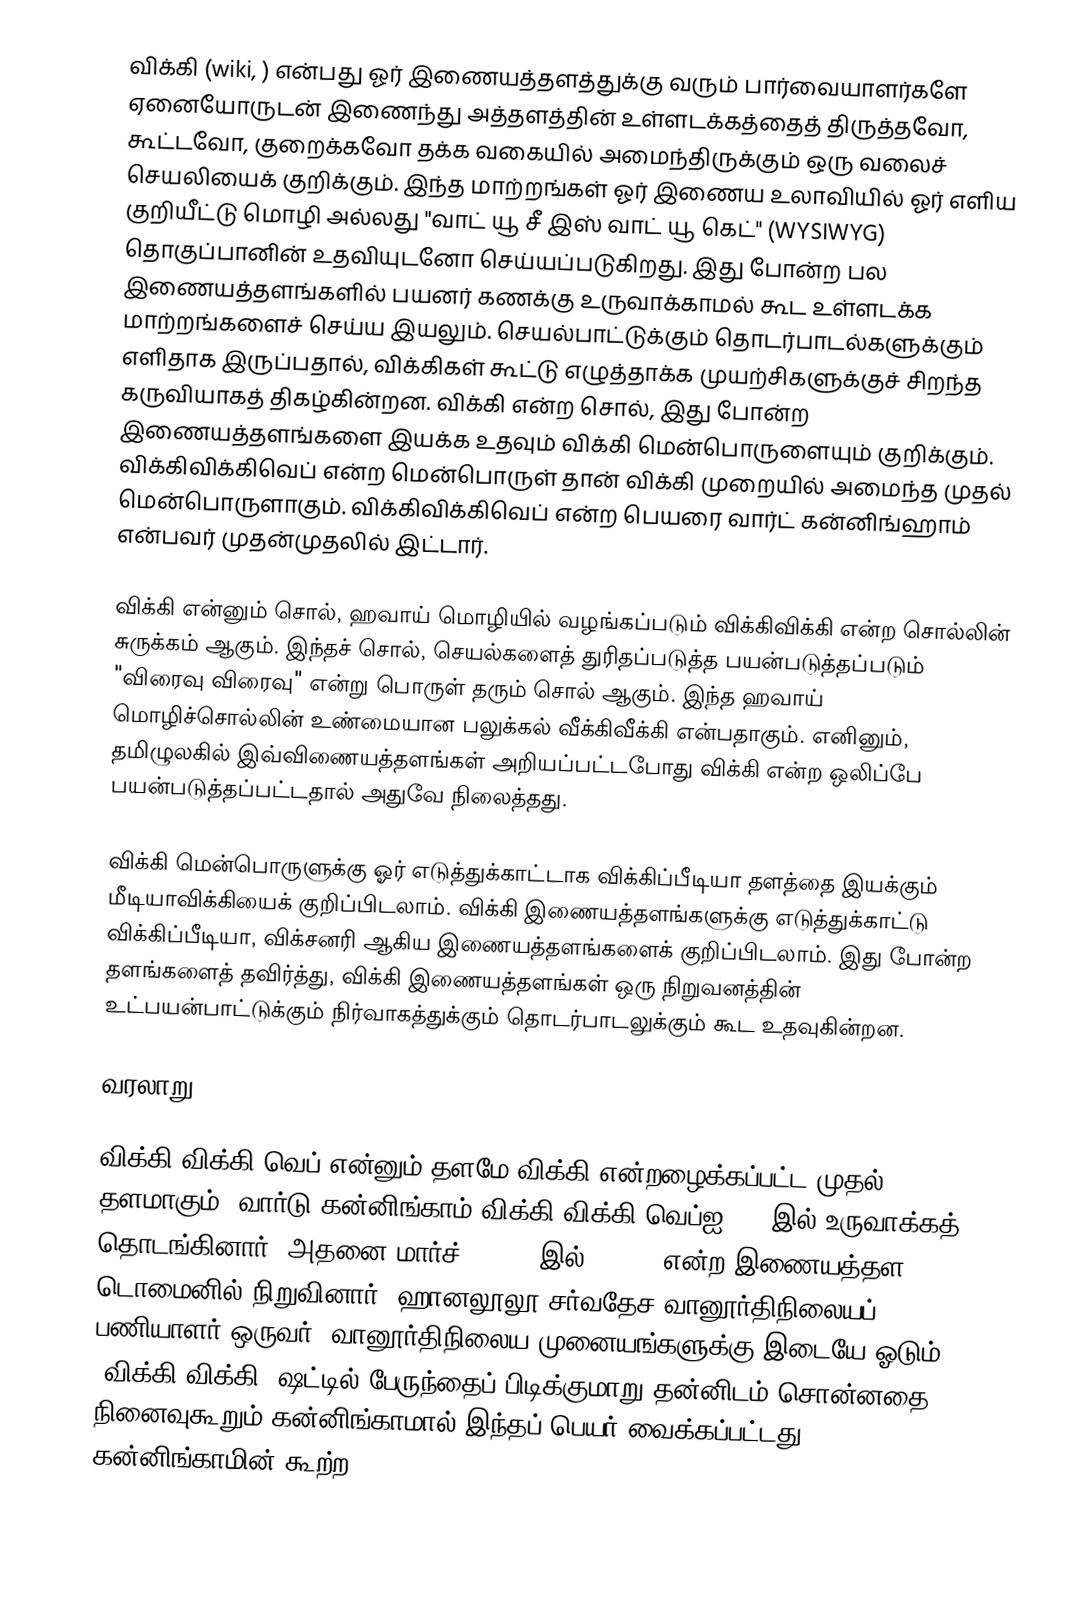
விக்கி (wiki,  ) என்பது ஓர் இணையத்தளத்துக்கு வரும் பார்வையாளர்களே ஏனையோருடன் இணைந்து அத்தளத்தின் உள்ளடக்கத்தைத் திருத்தவோ, கூட்டவோ, குறைக்கவோ தக்க வகையில் அமைந்திருக்கும் ஒரு வலைச் செயலியைக் குறிக்கும். இந்த மாற்றங்கள் ஓர் இணைய உலாவியில் ஓர் எளிய குறியீட்டு மொழி அல்லது "வாட் யூ சீ இஸ் வாட் யூ கெட்" (WYSIWYG)  தொகுப்பானின் உதவியுடனோ செய்யப்படுகிறது. இது போன்ற பல இணையத்தளங்களில் பயனர் கணக்கு உருவாக்காமல் கூட உள்ளடக்க மாற்றங்களைச் செய்ய இயலும். செயல்பாட்டுக்கும் தொடர்பாடல்களுக்கும் எளிதாக இருப்பதால், விக்கிகள் கூட்டு எழுத்தாக்க முயற்சிகளுக்குச் சிறந்த கருவியாகத் திகழ்கின்றன. விக்கி என்ற சொல், இது போன்ற இணையத்தளங்களை இயக்க உதவும் விக்கி மென்பொருளையும் குறிக்கும். விக்கிவிக்கிவெப் என்ற மென்பொருள் தான் விக்கி முறையில் அமைந்த முதல் மென்பொருளாகும். விக்கிவிக்கிவெப் என்ற பெயரை வார்ட் கன்னிங்ஹாம் என்பவர் முதன்முதலில் இட்டார்.

விக்கி என்னும் சொல், ஹவாய் மொழியில் வழங்கப்படும் விக்கிவிக்கி என்ற சொல்லின் சுருக்கம் ஆகும். இந்தச் சொல், செயல்களைத் துரிதப்படுத்த பயன்படுத்தப்படும் "விரைவு விரைவு" என்று பொருள் தரும் சொல் ஆகும். இந்த ஹவாய் மொழிச்சொல்லின் உண்மையான பலுக்கல் வீக்கிவீக்கி என்பதாகும். எனினும், தமிழுலகில் இவ்விணையத்தளங்கள் அறியப்பட்டபோது விக்கி என்ற ஒலிப்பே பயன்படுத்தப்பட்டதால் அதுவே நிலைத்தது.

விக்கி மென்பொருளுக்கு ஓர் எடுத்துக்காட்டாக விக்கிப்பீடியா தளத்தை இயக்கும் மீடியாவிக்கியைக் குறிப்பிடலாம். விக்கி இணையத்தளங்களுக்கு எடுத்துக்காட்டு விக்கிப்பீடியா, விக்சனரி ஆகிய இணையத்தளங்களைக் குறிப்பிடலாம். இது போன்ற தளங்களைத் தவிர்த்து, விக்கி இணையத்தளங்கள் ஒரு நிறுவனத்தின் உட்பயன்பாட்டுக்கும் நிர்வாகத்துக்கும் தொடர்பாடலுக்கும் கூட உதவுகின்றன.

வரலாறு

விக்கி விக்கி வெப் என்னும் தளமே விக்கி என்றழைக்கப்பட்ட முதல் தளமாகும். வார்டு கன்னிங்காம் விக்கி விக்கி வெப்ஐ 1994இல் உருவாக்கத் தொடங்கினார், அதனை மார்ச் 25,1995இல் c2.com என்ற இணையத்தள டொமைனில் நிறுவினார். ஹானலூலூ சர்வதேச வானூர்திநிலையப் பணியாளர் ஒருவர், வானூர்திநிலைய முனையங்களுக்கு இடையே ஓடும் "விக்கி விக்கி" ஷட்டில் பேருந்தைப் பிடிக்குமாறு தன்னிடம் சொன்னதை நினைவுகூறும் கன்னிங்காமால் இந்தப் பெயர் வைக்கப்பட்டது. கன்னிங்காமின் கூற்ற